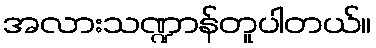
အလားသဏ္ဍာန်တူပါတယ်။